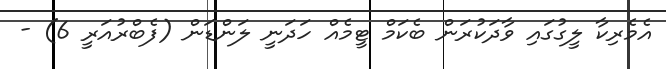
އެމެރިކާ ލީގުގައި ވާދަކުރަން ބެކަމް ޓީމެއް ހަދަނީ ލަންޑަން (ފެބްރުއަރީ 6) -